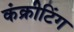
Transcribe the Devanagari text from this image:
कंक्रीटिंग